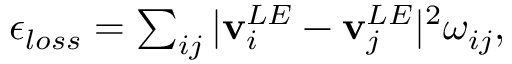
\begin{array} { r } { \epsilon _ { l o s s } = \sum _ { i j } | \mathbf { v } _ { i } ^ { L E } - \mathbf { v } _ { j } ^ { L E } | ^ { 2 } \omega _ { i j } , } \end{array}